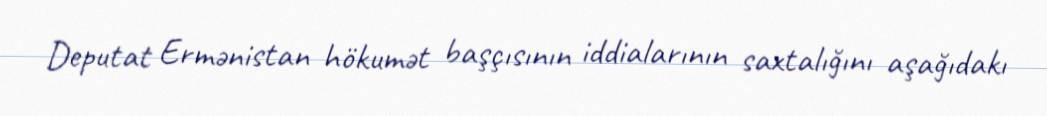
Deputat Ermənistan hökumət başçısının iddialarının saxtalığını aşağıdakı